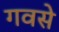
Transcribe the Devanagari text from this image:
गवसे